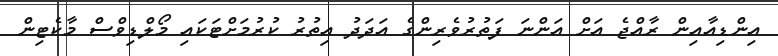
އިންޑިއާއިން ރާއްޖެ އަށް އަންނަ ފަތުރުވެރިންގެ އަދަދު އިތުރު ކުރުމަށްޓަކައި މޯލްޑިވްސް މާކެޓިން